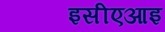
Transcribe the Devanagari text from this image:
इसीएआइ